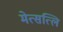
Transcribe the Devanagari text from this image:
मेत्सत्लि